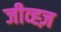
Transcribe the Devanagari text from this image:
जीव्ह्ज़